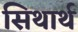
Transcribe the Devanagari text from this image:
सिथार्थ